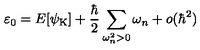
\varepsilon _ { 0 } = E [ { \psi } _ { \mathrm { K } } ] + \frac { \hbar } { 2 } \sum _ { \omega _ { n } ^ { 2 } > 0 } \omega _ { n } + o ( \hbar ^ { 2 } )